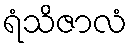
ရံသိဇာလံ